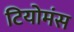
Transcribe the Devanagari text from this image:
टियोमंस